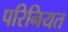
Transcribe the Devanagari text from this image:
परिनियत